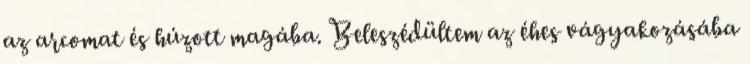
az arcomat és húzott magába. Beleszédültem az éhes vágyakozásába